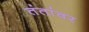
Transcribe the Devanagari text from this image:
तंतांवर